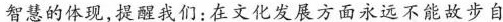
智慧的体现，提醒我们：在文化发展方面永远不能故步自